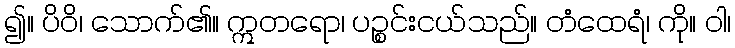
၍။ ပိဝိ၊ သောက်၏။ ဣတရော၊ ပဉ္စင်းငယ်သည်။ တံထေရံ၊ ကို။ ဝါ၊